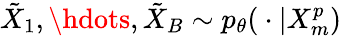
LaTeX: \tilde{X}_{1},\hdots,\tilde{X}_{B}\sim p_{\theta}({}\cdot{}|X_{m}^{p})